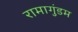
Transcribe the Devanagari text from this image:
रामागुंडम